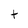
Character: t